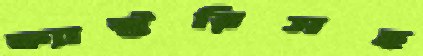
ফ্যাক্টরিসহ